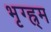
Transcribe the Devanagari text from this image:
भृग्ह्र्म